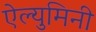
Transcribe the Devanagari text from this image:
ऐल्युमिनी